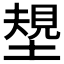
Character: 𱗪